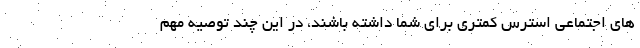
های اجتماعی استرس کمتری برای شما داشته باشند، در این چند توصیه مهم